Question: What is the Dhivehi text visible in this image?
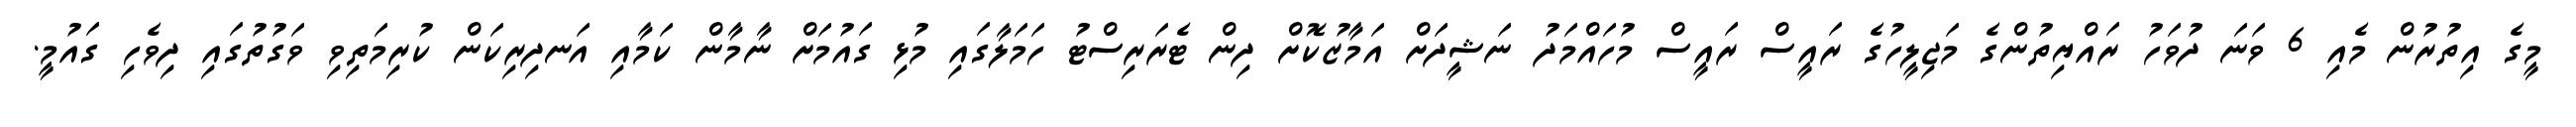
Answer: މީގެ އިތުރުން މެއި 6 ވަނަ ދުވަހު ރައްޔިތުންގެ މަޖިލީހުގެ ރައީސް ރައީސް މުހައްމަދު ނަޝީދަށް އަމާޒުކޮށް ދިން ޓެރަރިސްޓު ހަމަލާގައި މުޅި ގައުމަށް ނާމާން ކަމާއި އަނދިރިކަން ކުރިމަތިވި ވަގުތުގައި ދިވެހި ގައުމީ.